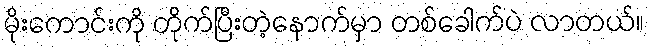
မိုးကောင်းကို တိုက်ပြီးတဲ့နောက်မှာ တစ်ခေါက်ပဲ လာတယ်။